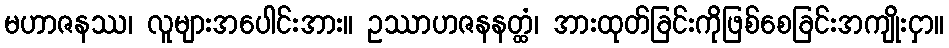
မဟာဇနဿ၊ လူများအပေါင်းအား။ ဥဿာဟဇနနတ္ထံ၊ အားထုတ်ခြင်းကိုဖြစ်စေခြင်းအကျိုးငှာ။